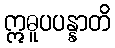
ဣဓူပပန္နာတိ